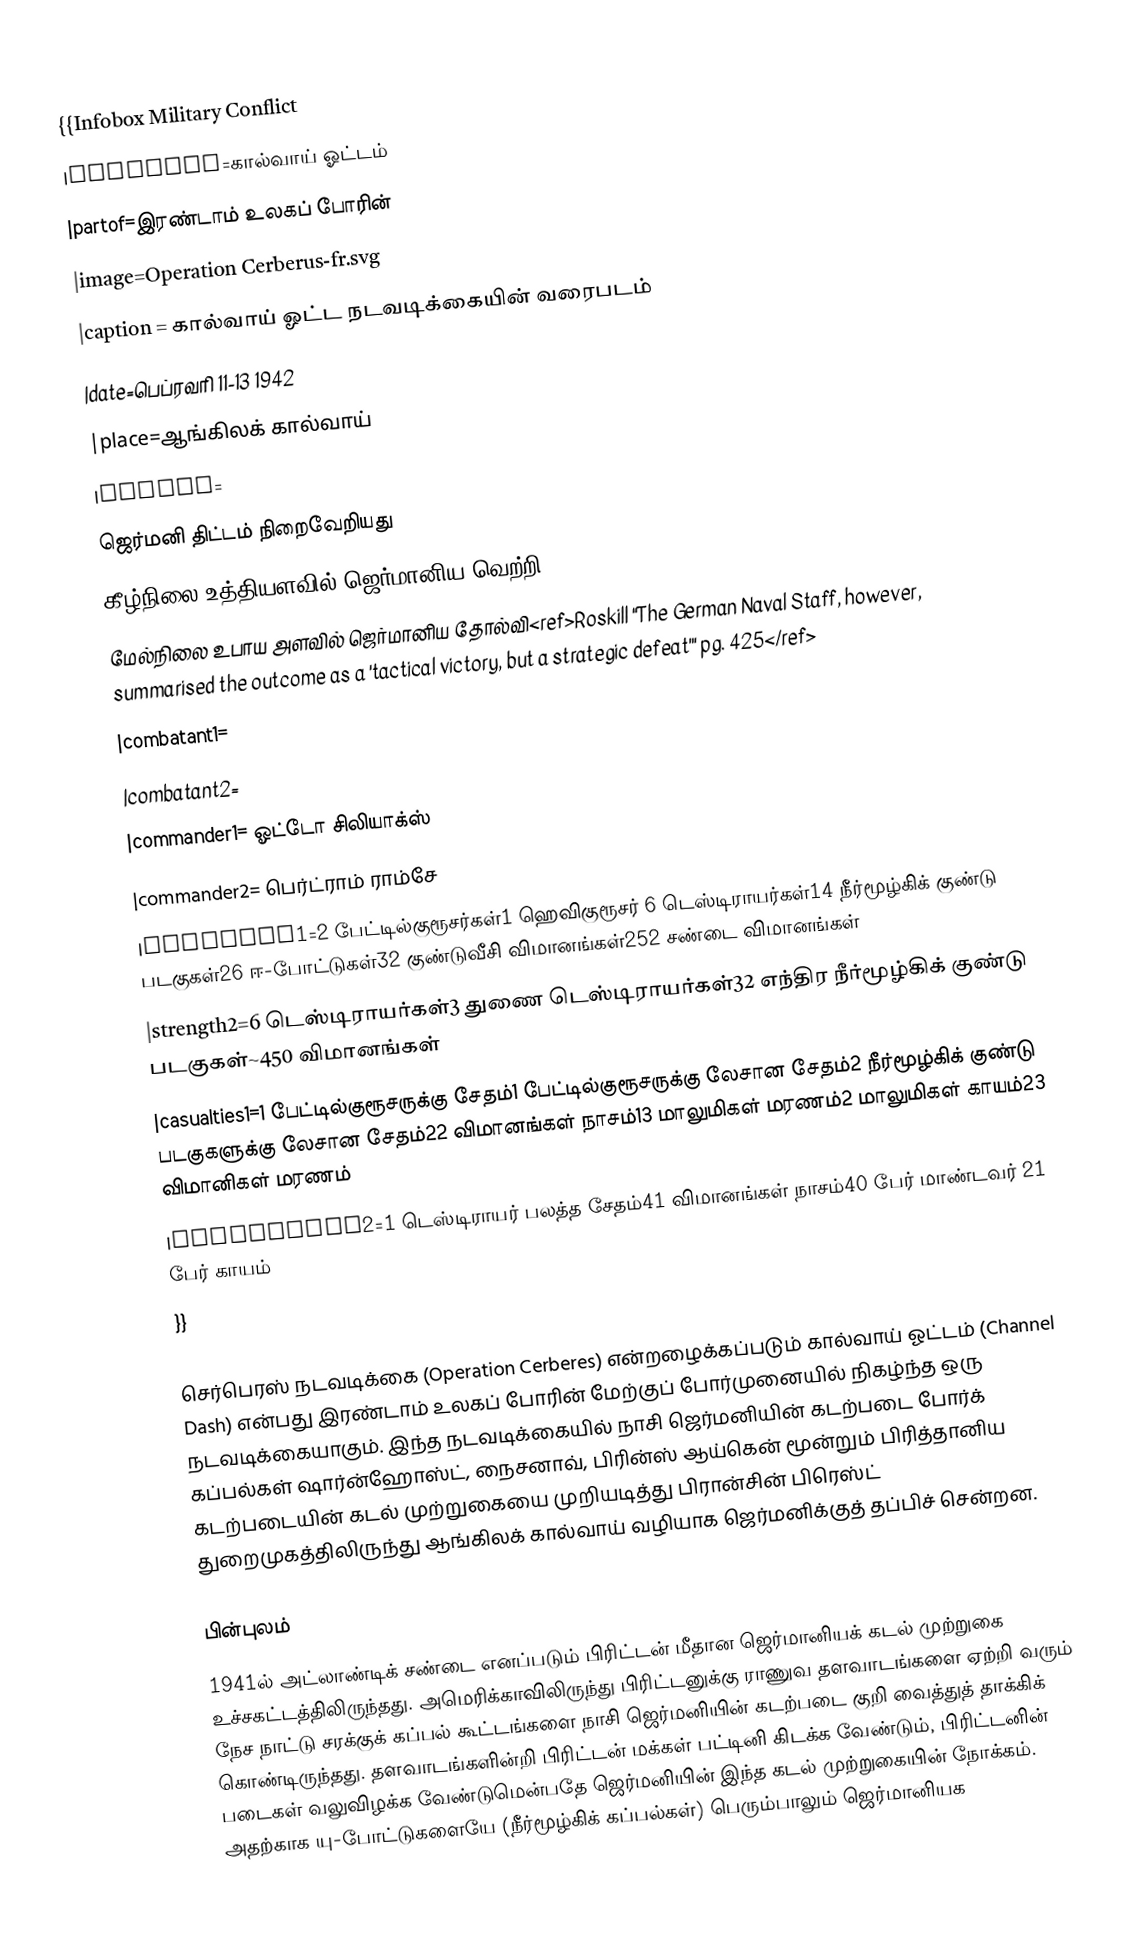
{{Infobox Military Conflict
|conflict=கால்வாய் ஓட்டம்
|partof=இரண்டாம் உலகப் போரின்
|image=Operation Cerberus-fr.svg
|caption = கால்வாய் ஓட்ட நடவடிக்கையின் வரைபடம்
|date=பெப்ரவரி 11-13 1942
|place=ஆங்கிலக் கால்வாய்
|result=
ஜெர்மனி திட்டம் நிறைவேறியது
 கீழ்நிலை உத்தியளவில் ஜெர்மானிய வெற்றி
 மேல்நிலை உபாய அளவில் ஜெர்மானிய தோல்வி<ref>Roskill "The German Naval Staff, however, summarised the outcome as a 'tactical victory, but a strategic defeat'" pg. 425</ref>
|combatant1=
|combatant2=
|commander1= ஓட்டோ சிலியாக்ஸ்
|commander2= பெர்ட்ராம் ராம்சே
|strength1=2 பேட்டில்குரூசர்கள்1 ஹெவிகுரூசர் 6 டெஸ்டிராயர்கள்14 நீர்மூழ்கிக் குண்டு படகுகள்26 ஈ-போட்டுகள்32 குண்டுவீசி விமானங்கள்252 சண்டை விமானங்கள்
|strength2=6 டெஸ்டிராயர்கள்3 துணை டெஸ்டிராயர்கள்32 எந்திர நீர்மூழ்கிக் குண்டு படகுகள்~450 விமானங்கள்
|casualties1=1 பேட்டில்குரூசருக்கு சேதம்1 பேட்டில்குரூசருக்கு லேசான சேதம்2 நீர்மூழ்கிக் குண்டு படகுகளுக்கு லேசான சேதம்22 விமானங்கள் நாசம்13 மாலுமிகள் மரணம்2 மாலுமிகள் காயம்23 விமானிகள் மரணம்
|casualties2=1 டெஸ்டிராயர் பலத்த சேதம்41 விமானங்கள் நாசம்40 பேர் மாண்டவர் 21 பேர் காயம்
}}

செர்பெரஸ் நடவடிக்கை (Operation Cerberes) என்றழைக்கப்படும் கால்வாய் ஓட்டம் (Channel Dash) என்பது இரண்டாம் உலகப் போரின் மேற்குப் போர்முனையில் நிகழ்ந்த ஒரு நடவடிக்கையாகும். இந்த நடவடிக்கையில் நாசி ஜெர்மனியின் கடற்படை போர்க் கப்பல்கள் ஷார்ன்ஹோஸ்ட், நைசனாவ், பிரின்ஸ் ஆய்கென் மூன்றும் பிரித்தானிய கடற்படையின் கடல் முற்றுகையை முறியடித்து பிரான்சின் பிரெஸ்ட் துறைமுகத்திலிருந்து ஆங்கிலக் கால்வாய் வழியாக ஜெர்மனிக்குத் தப்பிச் சென்றன.

பின்புலம்
1941ல் அட்லாண்டிக் சண்டை எனப்படும் பிரிட்டன் மீதான ஜெர்மானியக் கடல் முற்றுகை உச்சகட்டத்திலிருந்தது. அமெரிக்காவிலிருந்து பிரிட்டனுக்கு ராணுவ தளவாடங்களை ஏற்றி வரும் நேச நாட்டு சரக்குக் கப்பல் கூட்டங்களை நாசி ஜெர்மனியின் கடற்படை குறி வைத்துத் தாக்கிக் கொண்டிருந்தது. தளவாடங்களின்றி பிரிட்டன் மக்கள் பட்டினி கிடக்க வேண்டும், பிரிட்டனின் படைகள் வலுவிழக்க வேண்டுமென்பதே ஜெர்மனியின் இந்த கடல் முற்றுகையின் நோக்கம். அதற்காக யு-போட்டுகளையே (நீர்மூழ்கிக் கப்பல்கள்) பெரும்பாலும் ஜெர்மானியக